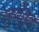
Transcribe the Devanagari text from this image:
जुवेंतुद